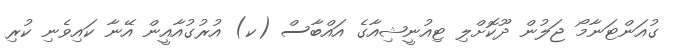
ގުއަންޓަނާމޯ ޖަލުން ދޫކޮށްލި ޓިއުނީޝިއާގެ އައްބާސް (ކ) އުރުގުއާއީން އޭނާ ކައިވެނި ކުރި